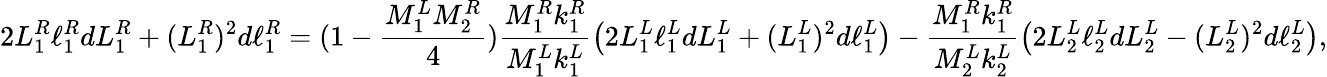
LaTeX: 2L_{1}^{R}\ell_{1}^{R}dL_{1}^{R}+(L_{1}^{R})^{2}d\ell_{1}^{R}=(1-\frac{M_{1}^{L}M_{2}^{R}}{4})\frac{M_{1}^{R}k_{1}^{R}}{M_{1}^{L}k_{1}^{L}}\left(2L_{1}^{L}\ell_{1}^{L}dL_{1}^{L}+(L_{1}^{L})^{2}d\ell_{1}^{L}\right)-\frac{M_{1}^{R}k_{1}^{R}}{M_{2}^{L}k_{2}^{L}}\left(2L_{2}^{L}\ell_{2}^{L}dL_{2}^{L}-(L_{2}^{L})^{2}d\ell_{2}^{L}\right),